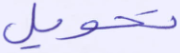
تحويل